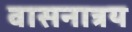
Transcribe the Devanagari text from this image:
वासनात्रय